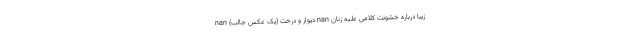
زیبا درباره خشونت کلامی علیه زنان nan دیوار و درخت (یک عکس جالب) nan